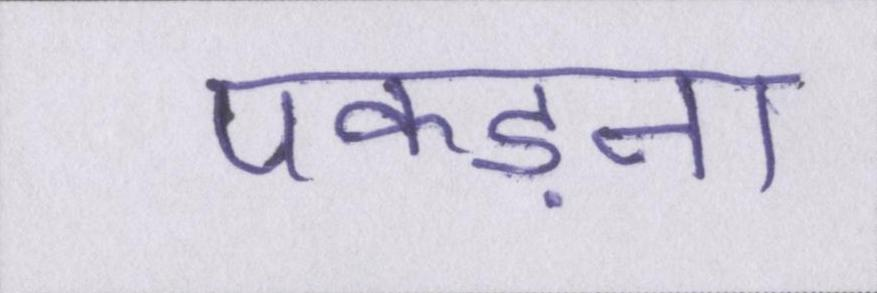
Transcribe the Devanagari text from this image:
पकड़ना